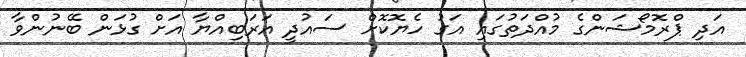
އަދި ޕްރޮމޯޝަންގެ މުއްދަތުގައި އަގު ހެޔޮކޮށް ސައުދީ އަރަބިއްޔާ އަށް ގުޅަން ބޭނުންވާ